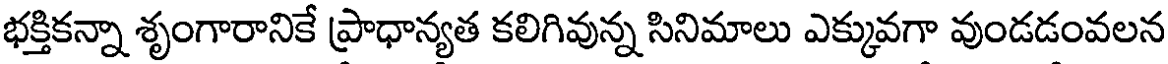
భక్తికన్నా శృంగారానికే ప్రాధాన్యత కలిగివున్న సినిమాలు ఎక్కువగా వుండడంవలన